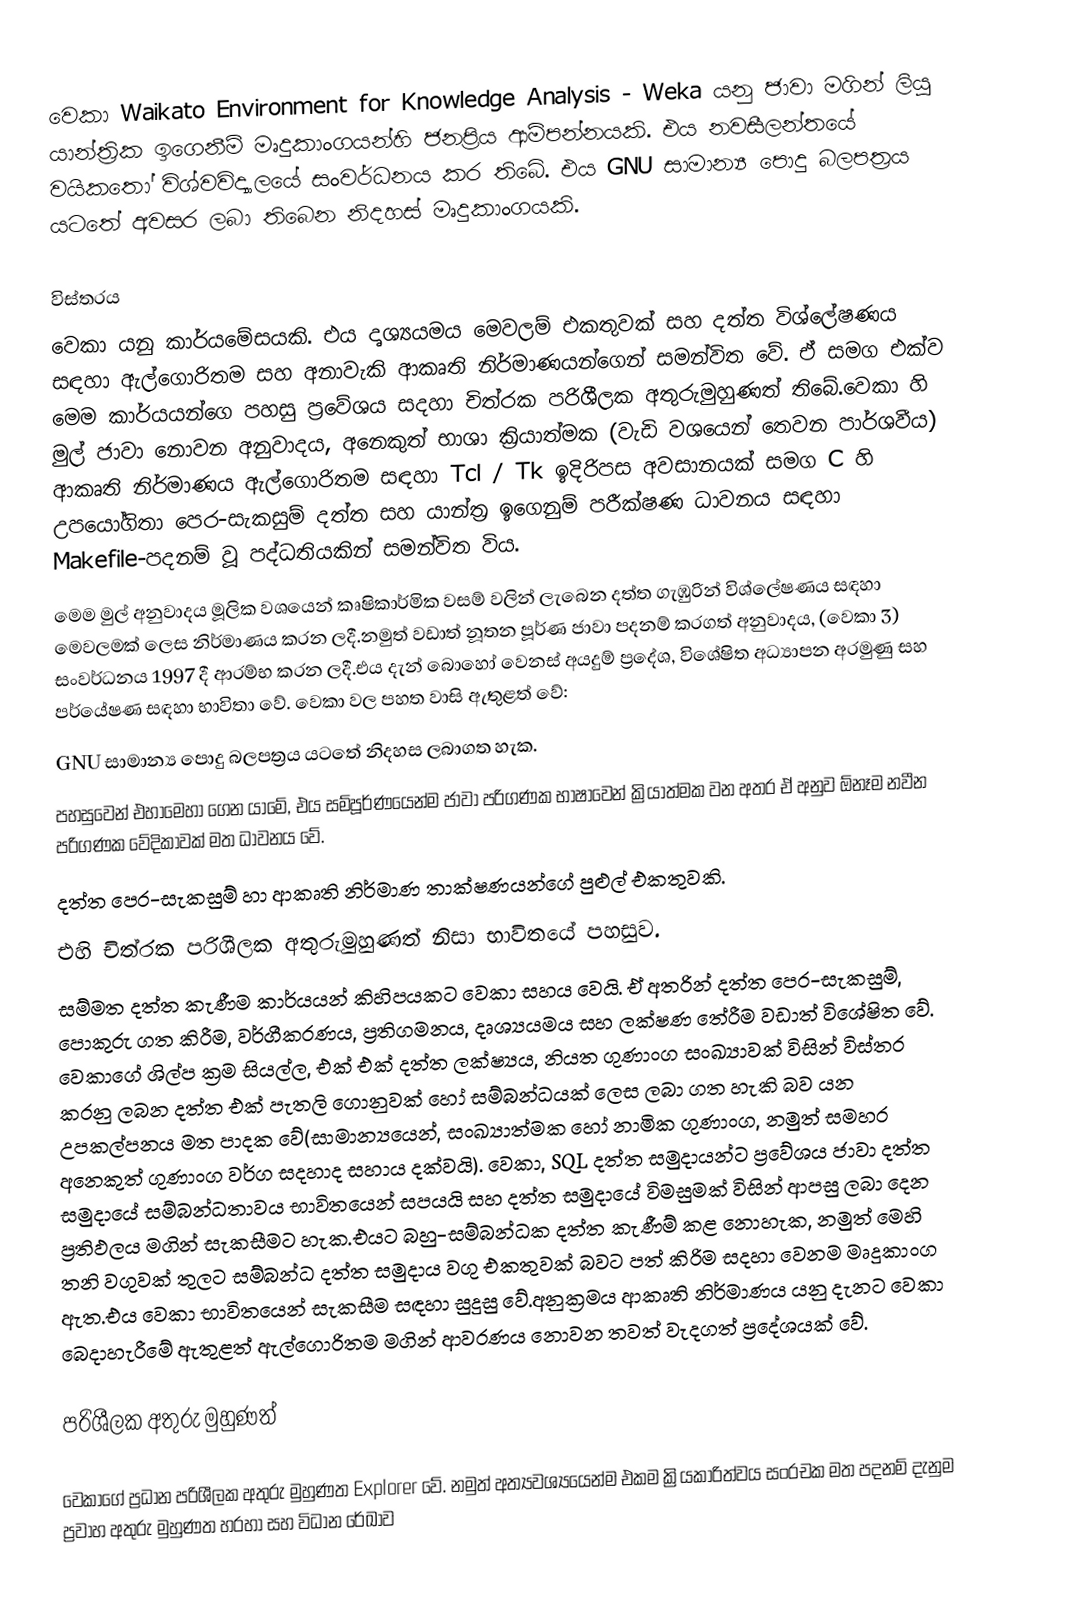
වෙකා Waikato Environment for Knowledge Analysis - Weka යනු ජාවා මගින් ලියු යාන්ත්‍රික ඉගෙනීම් මෘදුකාංගයන්හි ජනප්‍රිය ආම්පන්නයකි. එය  නවසීලන්තයේ වයිකතෝ විශ්වවිද්‍යාලයේ සංවර්ධනය කර තිබේ. එය GNU සාමාන්‍ය පොදු බලපත්‍රය යටතේ අවසර ලබා තිබෙන නිදහස් මෘදුකාංගයකි.

විස්තරය
වෙකා යනු කාර්යමේසයකි. එය දෘශ්‍යයමය මෙවලම් එකතුවක් සහ දත්ත විශ්ලේෂණය සඳහා ඇල්ගොරිතම සහ අනාවැකි ආකෘති නිර්මාණයන්ගෙන් සමන්විත වේ. ඒ  සමග එක්ව මෙම කාර්යයන්ගෙ පහසු ප්‍රවේශය සදහා චිත්රක පරිශීලක අතුරුමුහුණත් තිබේ.වෙකා හි මුල් ජාවා නොවන අනුවාදය, අනෙකුත් භාශා ක්‍රියාත්මක (වැඩි වශයෙන් තෙවන පාර්ශවීය) ආකෘති නිර්මාණය ඇල්ගොරිතම සඳහා Tcl / Tk ඉදිරිපස අවසානයක් සමග C හි උපයෝගිතා  පෙර-සැකසුම් දත්ත සහ යාන්ත්‍ර ඉගෙනුම් පරීක්ෂණ ධාවනය සඳහා Makefile-පදනම් වූ පද්ධතියකින් සමන්විත විය.
මෙම මුල් අනුවාදය මූලික වශයෙන් කෘෂිකාර්මික වසම් වලින් ලැබෙන දත්ත ගැඹුරින් විශ්ලේෂණය සඳහා මෙවලමක් ලෙස නිර්මාණය කරන ලදී.නමුත් වඩාත් නූතන පූර්ණ ජාවා පදනම් කරගත් අනුවාදය, (වෙකා 3)  සංවර්ධනය 1997 දී ආරම්භ කරන ලදී.එය දැන් බොහෝ වෙනස් අයදුම් ප්‍රදේශ, විශේෂිත අධ්‍යාපන අරමුණු සහ පර්යේෂණ සඳහා භාවිතා වේ. වෙකා වල පහත වාසි ඇතුළත් වේ:
 GNU සාමාන්‍ය පොදු බලපත්‍රය යටතේ නිදහස ලබාගත හැක.
  පහසුවෙන් එහාමෙහා ගෙන යාමේ, එය සම්පූර්ණයෙන්ම  ජාවා පරිගණක භාෂාවෙන්  ක්‍රියාත්මක වන අතර ඒ අනුව ඕනෑම නවීන පරිගණක වේදිකාවක් මත ධාවනය වේ.
 දත්ත පෙර-සැකසුම් හා ආකෘති නිර්මාණ තාක්ෂණයන්ගේ පුළුල් එකතුවකි.
 එහි චිත්රක පරිශීලක අතුරුමුහුණත් නිසා භාවිතයේ පහසුව.
සම්මත  දත්ත කැණීම කාර්යයන් කිහිපයකට වෙකා සහය වෙයි. ඒ අතරින් දත්ත පෙර-සැකසුම්, පොකුරු ගත කිරීම, වර්ගීකරණය, ප්‍රතිගමනය, දෘශ්‍යයමය සහ ලක්ෂණ තේරීම වඩාත් විශේෂිත වේ. වෙකාගේ ශිල්ප ක්‍රම සියල්ල, එක් එක් දත්ත ලක්ෂ්‍යය, නියත ගුණාංග සංඛ්‍යාවක් විසින් විස්තර කරනු ලබන දත්ත එක් පැතලි ගොනුවක් හෝ සම්බන්ධයක් ලෙස ලබා ගත හැකි බව යන උපකල්පනය මත පාදක වේ(සාමාන්‍යයෙන්, සංඛ්‍යාත්මක හෝ නාමික ගුණාංග, නමුත් සමහර අනෙකුත් ගුණාංග වර්ග සදහාද සහාය දක්වයි). වෙකා,  SQL දත්ත සමුදායන්ට ප්‍රවේශය  ජාවා දත්ත සමුදායේ සම්බන්ධතාවය භාවිතයෙන් සපයයි සහ දත්ත සමුදායේ විමසුමක් විසින් ආපසු ලබා දෙන ප්‍රතිඵලය මගින් සැකසීමට හැක.එයට බහු-සම්බන්ධක දත්ත කැණීම් කළ නොහැක, නමුත් මෙහි තනි වගුවක් තුලට සම්බන්ධ දත්ත සමුදාය වගු එකතුවක් බවට පත් කිරිම සදහා වෙනම මෘදුකාංග ඇත.එය වෙකා  භාවිතයෙන් සැකසීම සඳහා සුදුසු වේ.අනුක්‍රමය ආකෘති නිර්මාණය යනු දැනට වෙකා බෙදාහැරීමේ ඇතුළත් ඇල්ගොරිතම මගින් ආවරණය නොවන තවත් වැදගත් ප්‍රදේශයක් වේ.

පරිශීලක අතුරු මුහුණත්

වෙකාගේ  ප්‍රධාන පරිශීලක අතුරු මුහුණත Explorer වේ. නමුත් අත්‍යවශ්‍යයෙන්ම එකම ක්‍රියකාරිත්වය සංරචක මත පදනම් දැනුම ප්‍රවාහ අතුරු මුහුණත හරහා සහ විධාන රේඛාව